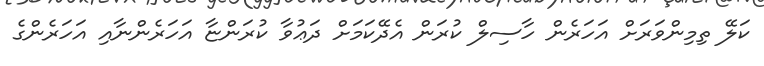
ކަލޭ ތިމިންވަރަށް އަހަރެން ހާސިލް ކުރަން އެދޭކަމަށް ދަޢުވާ ކުރަންޏާ އަހަރެންނާއި އަހަރެންގެ